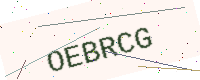
Text: OEBRCG